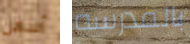
أسهل بالمدرسه